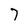
Character: 7